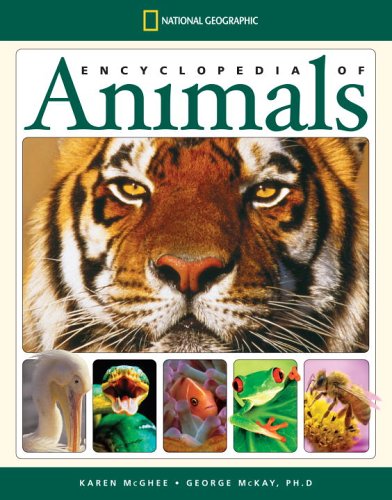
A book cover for National Geographic Encyclopedia of Animals; Karen McGhee; Reference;